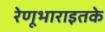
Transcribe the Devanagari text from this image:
रेणूभाराइतके